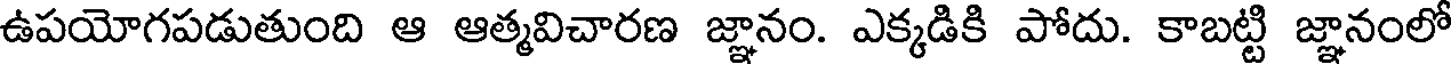
ఉపయోగపడుతుంది ఆ ఆత్మవిచారణ జ్ఞానం. ఎక్కడికి పోదు. కాబట్టి జ్ఞానంలో